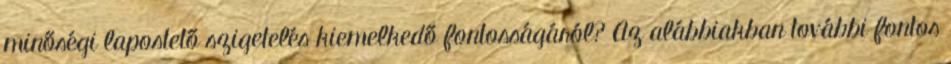
minőségi lapostető szigetelés kiemelkedő fontosságáról? Az alábbiakban további fontos